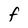
Character: F